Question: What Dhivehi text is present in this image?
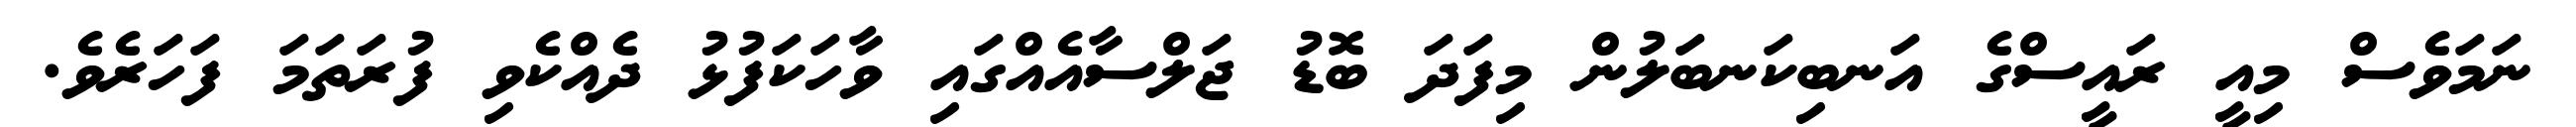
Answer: ނަމަވެސް މިއީ ރައީސްގެ އަނބިކަނބަލުން މިފަދަ ބޮޑު ޖަލްސާއެއްގައި ވާހަކަފުޅު ދެއްކެވި ފުރަތަމަ ފަހަރެވެ.